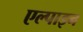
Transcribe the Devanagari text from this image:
एल्‍पाइन